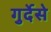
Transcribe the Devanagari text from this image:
गुर्देसे